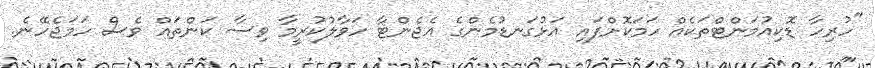
"ހުރިހާ ޑޮކިއުމަންޓްތަކެއް ހަމަކޮށްފައި އަޅުގަނޑުމެންގެ އެޖެންޓާ ހަވާލުކުރީމާ ވިސާ ކަންތައް ވެސް ހަމަޖެހޭނެ.